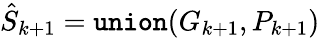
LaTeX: \hat{S}_{k+1}={\tt union}(G_{k+1},P_{k+1})